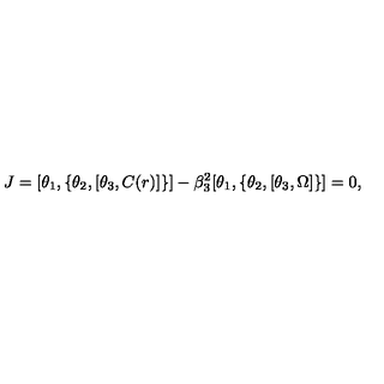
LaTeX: J = [ \theta _ { 1 } , \{ \theta _ { 2 } , [ \theta _ { 3 } , C ( r ) ] \} ] - \beta _ { 3 } ^ { 2 } [ \theta _ { 1 } , \{ \theta _ { 2 } , [ \theta _ { 3 } , \Omega ] \} ] = 0 ,